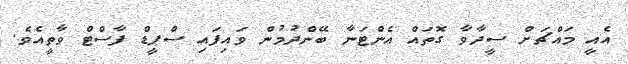
އެއީ މައްޗަށް ސީދާވާ ގޮތައް އެންޓަނާ ބޭންދުމުން ވައިފައި ސްޕީޑް ފާސްޓް ވާތީއެވެ.